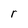
Character: r